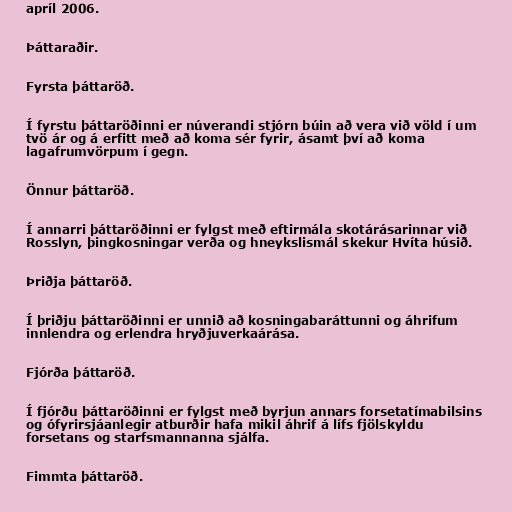
apríl 2006.

Þáttaraðir.

Fyrsta þáttaröð.

Í fyrstu þáttaröðinni er núverandi stjórn búin að vera við völd í um
tvö ár og á erfitt með að koma sér fyrir, ásamt því að koma
lagafrumvörpum í gegn.

Önnur þáttaröð.

Í annarri þáttaröðinni er fylgst með eftirmála skotárásarinnar við
Rosslyn, þingkosningar verða og hneykslismál skekur Hvíta húsið.

Þriðja þáttaröð.

Í þriðju þáttaröðinni er unnið að kosningabaráttunni og áhrifum
innlendra og erlendra hryðjuverkaárása.

Fjórða þáttaröð.

Í fjórðu þáttaröðinni er fylgst með byrjun annars forsetatímabilsins
og ófyrirsjáanlegir atburðir hafa mikil áhrif á lífs fjölskyldu
forsetans og starfsmannanna sjálfa.

Fimmta þáttaröð.